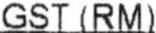
GST (RM)